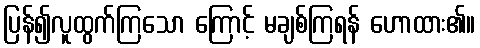
ပြန်၍လူထွက်ကြသော ကြောင့် မချစ်ကြရန် ဟောထား၏။